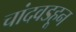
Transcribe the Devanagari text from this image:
चांदवडहून